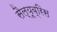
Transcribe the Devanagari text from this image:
सैल्यूब्रिस